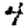
Digit: 4